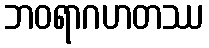
ဘဝရာဂဟတဿ